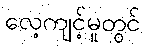
လေ့ကျင့်မှုတွင်